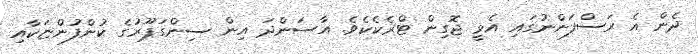
ދެން އެ ރަސްފަންނުގައި އެޅީ ޖޮގިން ޓްރެކެކެވެ. އާސަންދަ އިން ސިންގަޕޫރުގެ ކުންފުންޏަކާއި